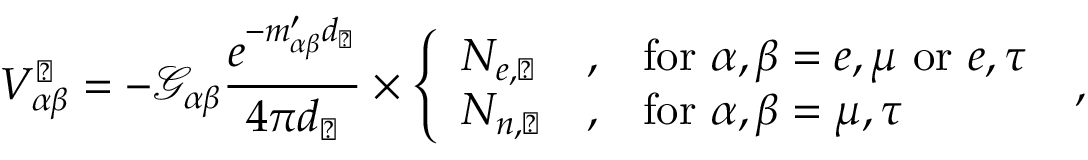
V _ { \alpha \beta } ^ { \astrosun } = - \mathcal { G } _ { \alpha \beta } \frac { e ^ { - m _ { \alpha \beta } ^ { \prime } d _ { \astrosun } } } { 4 \pi d _ { \astrosun } } \times \left\{ \begin{array} { l l l } { N _ { e , \astrosun } } & { , } & { \mathrm { f o r } ~ \alpha , \beta = e , \mu ~ \mathrm { o r } ~ e , \tau } \\ { N _ { n , \astrosun } } & { , } & { \mathrm { f o r } ~ \alpha , \beta = \mu , \tau } \end{array} \right. \; ,